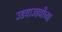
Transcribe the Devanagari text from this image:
उडवाउडवीच्या